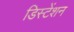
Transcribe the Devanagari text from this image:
डिस्टेंशन